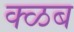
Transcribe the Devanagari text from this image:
क्ळब